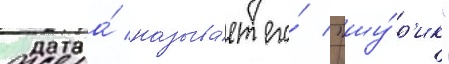
Жена́ называ́ет его́ "шу́р'ик"